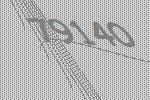
79140